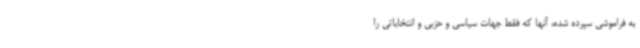
به فراموشی سپرده شده، آنها که فقط جهات سیاسی و حزبی و انتخاباتی را